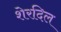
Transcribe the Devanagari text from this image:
शेरदिल